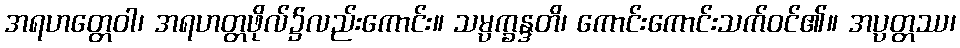
အရဟတ္တေဝါ၊ အရဟတ္တဖိုလ်၌လည်းကောင်း။ သမ္ပက္ခန္ဒတိ၊ ကောင်းကောင်းသက်ဝင်၏။ အပ္ပတ္တဿ၊